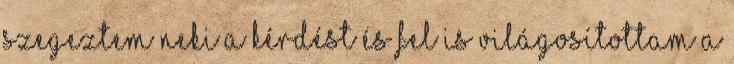
Szegeztem neki a kérdést és fel is világosítottam a